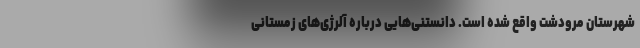
شهرستان مرودشت واقع شده است. دانستنی‌هایی درباره آلرژی‌های زمستانی